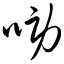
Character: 唠